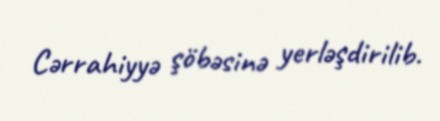
Cərrahiyyə şöbəsinə yerləşdirilib.